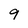
Character: 9